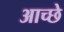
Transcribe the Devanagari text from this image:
आच्छे